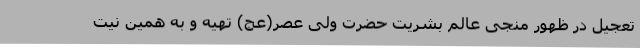
تعجیل در ظهور منجی عالم بشریت حضرت ولی عصر(عج) تهیه و به همین نیت